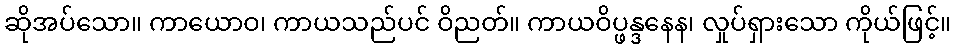
ဆိုအပ်သော။ ကာယောဝ၊ ကာယသည်ပင် ဝိညတ်။ ကာယဝိပ္ဖန္ဒနေန၊ လှုပ်ရှားသော ကိုယ်ဖြင့်။